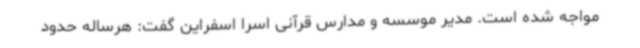
مواجه شده است. مدیر موسسه و مدارس قرآنی اسرا اسفراین گفت: هرساله حدود